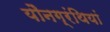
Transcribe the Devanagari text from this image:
यौनग्रंथियां